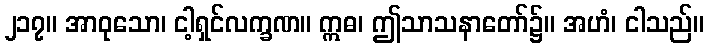
၂၁၇။ အာဝုသော၊ ငါ့ရှင်လက္ခဏ။ ဣဓ၊ ဤသာသနာတော်၌။ အဟံ၊ ငါသည်။